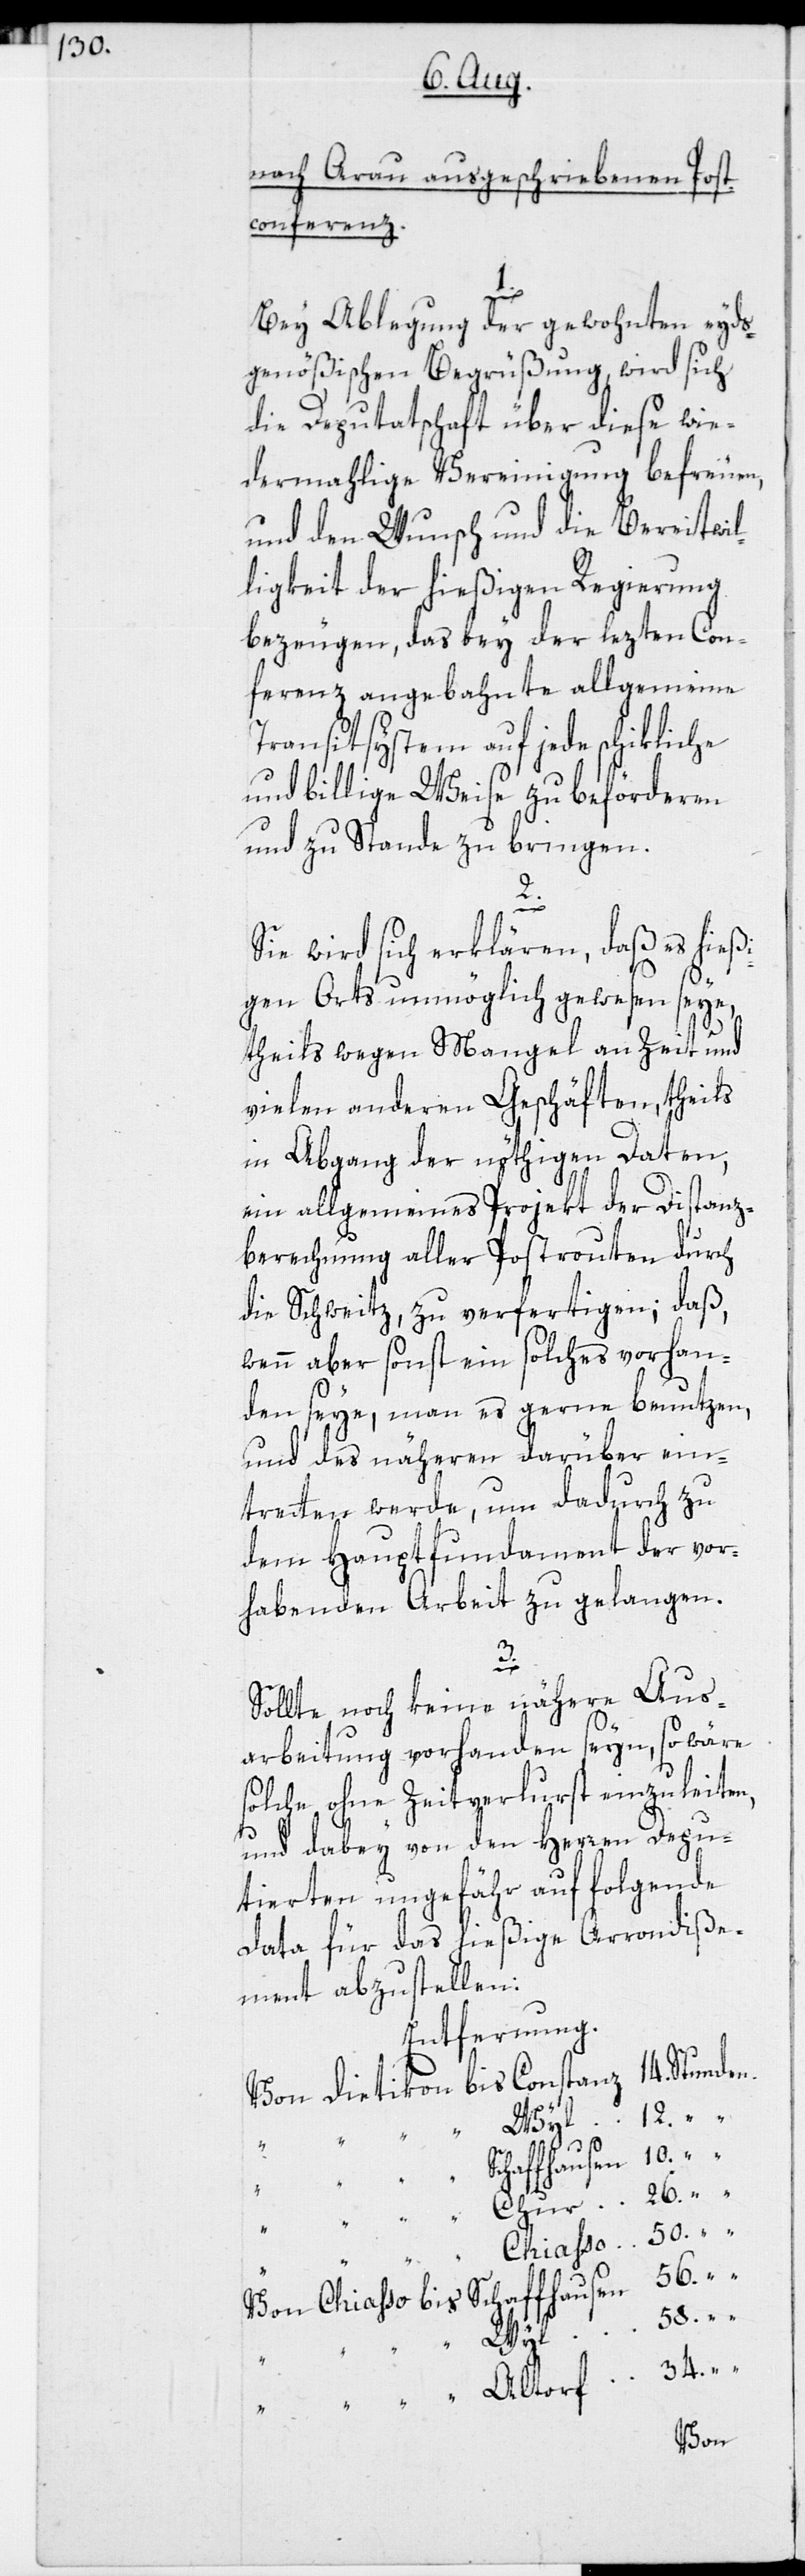
nach Arau ausgeschriebenen Post¬
conferenz.
Bey Ablegung der gewohnten eyds¬
genößischen Begrüßung, wird sich
die Deputatschaft über diese wie¬
dermahlige Vereinigung befreuen,
und den Wunsch und die Bereitwil¬
ligkeit der hießigen Regierung
bezeugen, das bey der lezten Con¬
ferenz angebahnte allgemeine
Transitsystem auf jede schikliche
und billige Weise zu beförderen
und zu Stande zu bringen.
2.
Sie wird sich erklären, daß es hießi¬
gen Orts unmöglich gewesen seye,
theils wegen Mangel an Zeit und
vielen anderen Geschäften, theils
in Abgang der nöthigen Daten,
ein allgemeines Projekt der Distanz¬
berechnung aller Postrouten durch
die Schweitz, zu verfertigen; daß,
wenn aber sonst ein solches vorhan¬
den seye, man es gerne benutzen,
und des näheren darüber ein¬
tretten werde, um dadurch zu
dem Hauptfundament der vor¬
habenden Arbeit zu gelangen.
3.
Sollte noch keine nähere Aus¬
arbeitung vorhanden seyn, so wäre
solche ohne Zeitverlurst einzuleiten,
58.
und dabey von den Herren Depu¬
tierten ungefähr auf folgende
Data für das hießige Arrondiße¬
ment abzustellen:
Entfernung.
haffhausen
56.
Chiasso
Wyl
34.
Altdorf
Von